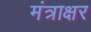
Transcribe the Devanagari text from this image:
मंत्राक्षर